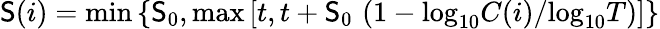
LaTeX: {\mathsf{S}(i)=\mathrm{{min}}\left\{ \mathsf{S}_{0},\mathrm{{max}}\left[t,t+\mathsf{S}_{0}\, \left(1-\mathrm{{log}}_{10}C(i)/\mathrm{{log}}_{10}T\right)\right]\right\} }